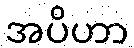
အပိဟာ